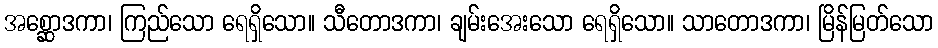
အစ္ဆောဒကာ၊ ကြည်သော ရေရှိသော။ သီတောဒကာ၊ ချမ်းအေးသော ရေရှိသော။ သာတောဒကာ၊ မြိန်မြတ်သော